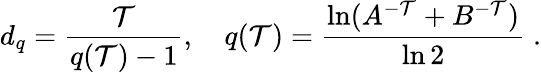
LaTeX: d_{q}=\frac{\mathcal{T}}{q(\mathcal{T})-1},\quad q(\mathcal{T})=\frac{\ln(A^{-\mathcal{T}}+B^{-\mathcal{T}})}{\ln 2}\; .